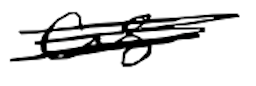
Text: as
Cross-out: scratch
Writing tool: digital_black